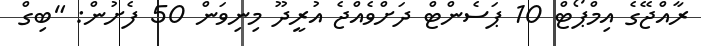
ރާއްޖޭގެ އިމްޕޯޓް 10 ޕަސެންޓް ދަށްވެއްޖެ އުރީދޫ މިނިވަން 50 ފެށުން: "ބިގް